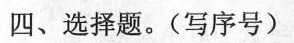
四、选择题。(写序号)